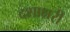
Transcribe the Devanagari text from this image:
दशाक्षरी